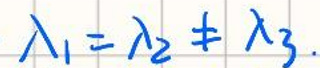
\(\lambda_1 = \lambda_2 + \lambda_3\)